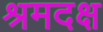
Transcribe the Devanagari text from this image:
श्रमदक्ष